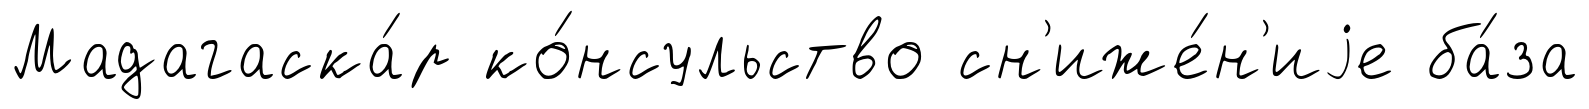
Мадагаска́р ко́нсульство сн'иже́н'иjе ба́за